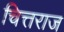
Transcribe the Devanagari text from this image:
चित्तराज